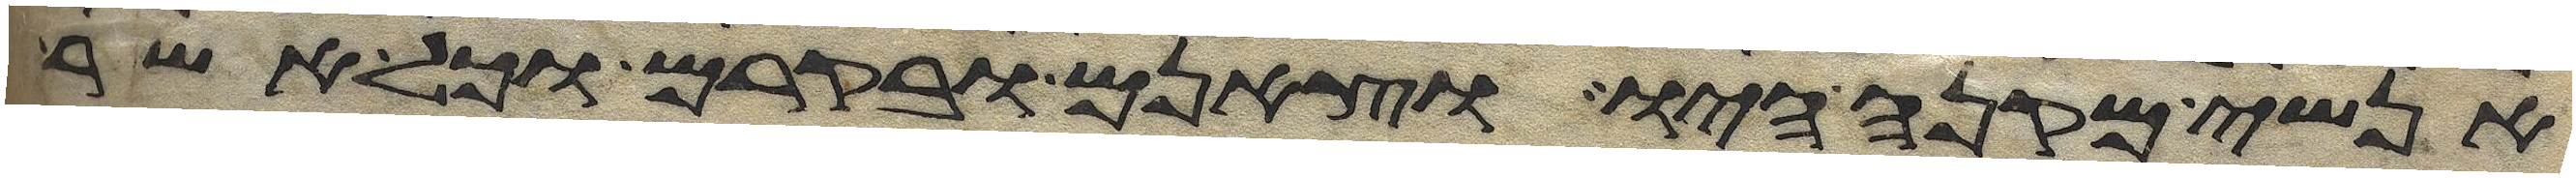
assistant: אנשי מקנה היו וצאנם ובקרם וכל אשר